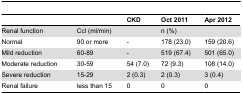
<table><thead><tr><td></td><td></td><td><b>CKD</b></td><td><b>Oct 2011</b></td><td><b>Apr 2012</b></td></tr></thead><tbody><tr><td>Renal function</td><td>Ccl (ml/min)</td><td></td><td colspan="2">n (%)</td></tr><tr><td>Normal</td><td>90 or more</td><td>-</td><td>178 (23.0)</td><td>159 (20.6)</td></tr><tr><td>Mild reduction</td><td>60-89</td><td>-</td><td>519 (67.4)</td><td>501 (65.0)</td></tr><tr><td>Moderate reduction</td><td>30-59</td><td>54 (7.0)</td><td>72 (9.3)</td><td>108 (14.0)</td></tr><tr><td>Severe reduction</td><td>15-29</td><td>2 (0.3)</td><td>2 (0.3)</td><td>3 (0.4)</td></tr><tr><td>Renal failure</td><td>less than 15</td><td>0</td><td>0</td><td>0</td></tr></tbody></table>